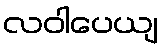
လဝါပေယျ